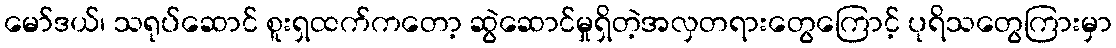
မော်ဒယ်၊ သရုပ်ဆောင် စူးရှထက်ကတော့ ဆွဲဆောင်မှုရှိတဲ့အလှတရားတွေကြောင့် ပုရိသတွေကြားမှာ